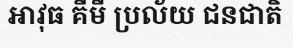
អាវុធ គីមី ប្រល័យ ជនជាតិ